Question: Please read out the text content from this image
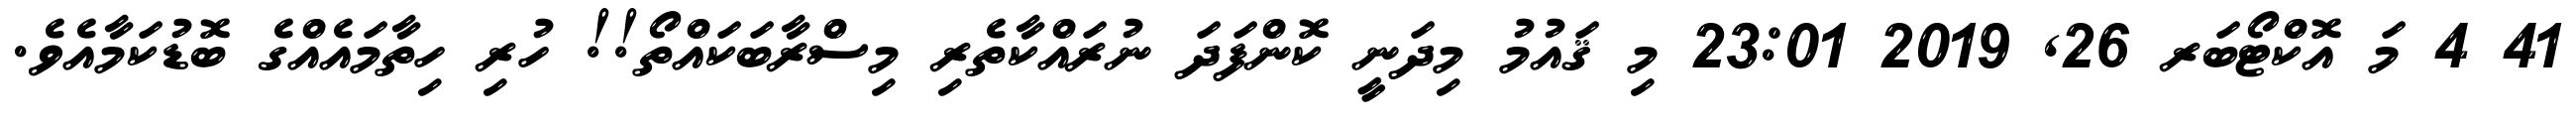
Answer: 41 4 މަ އޮކްޓޯބަރ 26, 2019 23:01 މި ޤައުމު މިދަނީ ކޮންފަދަ ނުރައްކާތެރި މިސްރާބަކައްތޯ!! ހުރި ހިތާމައެއްގެ ބޮޑުކަމާއެވެ.